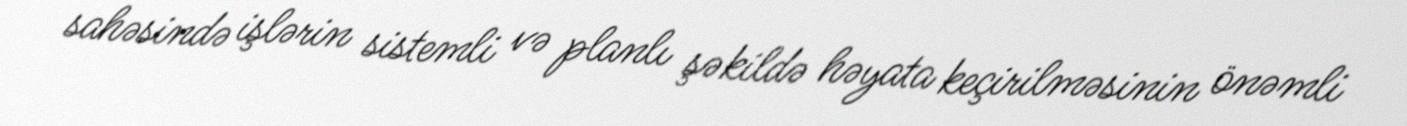
sahəsində işlərin sistemli və planlı şəkildə həyata keçirilməsinin önəmli